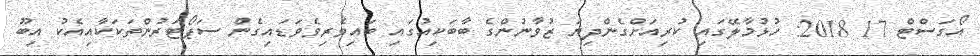
އޯގަސްޓް 17 2018: ހުޅުމާލޭގައި ކުރިއަށްގެންދިޔަ ޒުވާނުންގެ ބާބަކިއުގައި ބައިވެރިވެވަޑައިގެން ސަޕޯޓަރުންތަކަކާއިއެކު އިބޫ